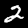
Digit: 2